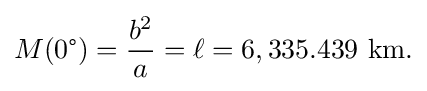
M(0{\text{°}})={\frac {b^{2}}{a}}=\ell =6,335.439{\text{ km.}}